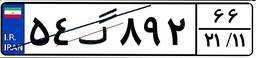
۹۸گ۰۵۷۳۷